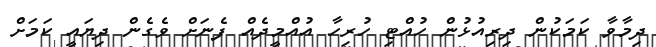
ދިމާވާ ކަމަކުން ދިރިއުޅުން ހުއްޓި ހުރިހާ އުއްމީދެއް ފެނަށް ވެގެން ދިޔައީ ކަމަށް